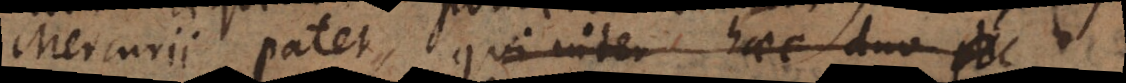
Mercurii patet, nam inter haec duo c